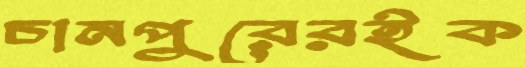
চানপুরেরইক